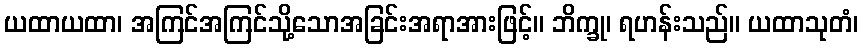
ယထာယထာ၊ အကြင်အကြင်သို့သောအခြင်းအရာအားဖြင့်။ ဘိက္ခု၊ ရဟန်းသည်။ ယထာသုတံ၊